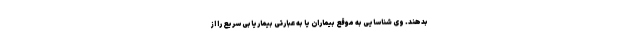
بدهند. وی شناسایی به موقع بیماران یا به عبارتی بیماریابی سریع را از